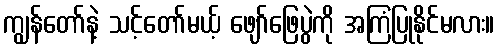
ကျွန်တော်နဲ့ သင့်တော်မယ့် ဖျော်ဖြေပွဲကို အကြံပြုနိုင်မလား။